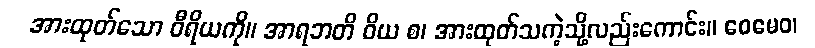
အားထုတ်သော ဝီရိယကို။ အာရဘတိ ဝိယ စ၊ အားထုတ်သကဲ့သို့လည်းကောင်း။ ဧဝမေဝ၊